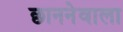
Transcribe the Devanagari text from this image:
छाननेवाला